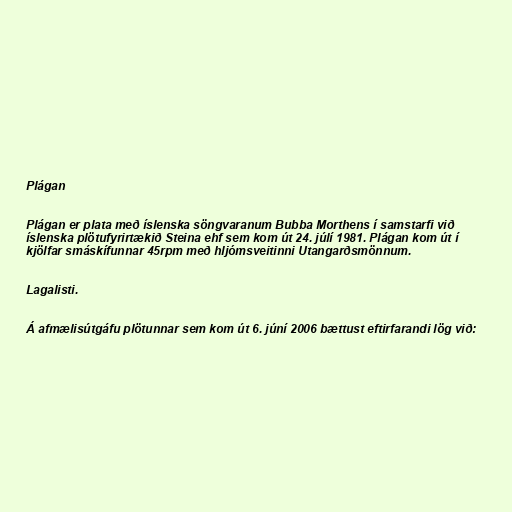
Plágan

Plágan er plata með íslenska söngvaranum Bubba Morthens í samstarfi við
íslenska plötufyrirtækið Steina ehf sem kom út 24. júlí 1981. Plágan kom út í
kjölfar smáskífunnar 45rpm með hljómsveitinni Utangarðsmönnum.

Lagalisti.

Á afmælisútgáfu plötunnar sem kom út 6. júní 2006 bættust eftirfarandi lög við: